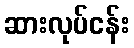
ဆားလုပ်ငန်း